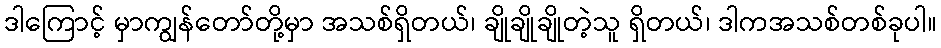
ဒါကြောင့် မှာကျွန်တော်တို့မှာ အသစ်ရှိတယ်၊ ချိုချိုချိုတဲ့သူ ရှိတယ်၊ ဒါကအသစ်တစ်ခုပါ။